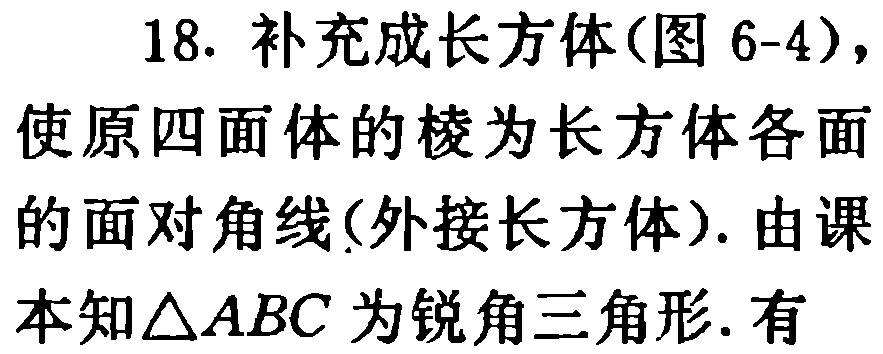
18. 补充成长方体(图 6-4)，使原四面体的棱为长方体各面的面对角线(外接长方体). 由课本知$\triangle ABC$为锐角三角形. 有